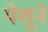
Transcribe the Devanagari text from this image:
येशूने